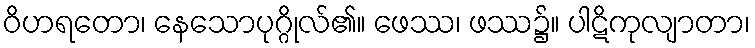
ဝိဟရတော၊ နေသောပုဂ္ဂိုလ်၏။ ဖေဿ၊ ဖဿ၌။ ပါဋိကုလျာတာ၊